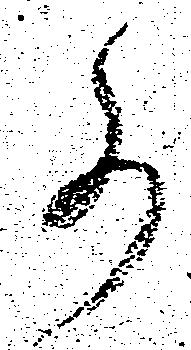
事